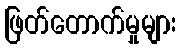
ဖြတ်တောက်မှုများ